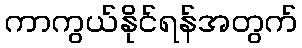
ကာကွယ်နိုင်ရန်အတွက်